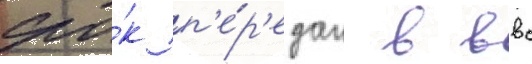
сро́к п'е́р'едан в ввс